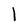
Character: l